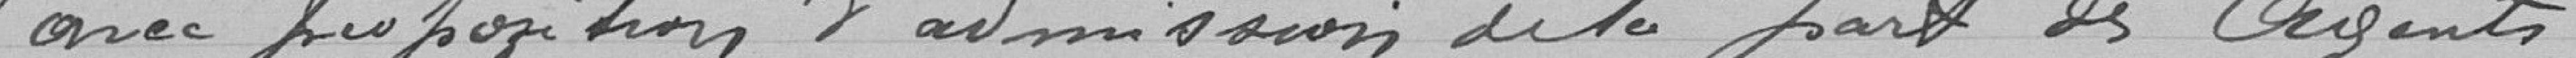
avec proposition d'admission de la part des Agents.